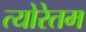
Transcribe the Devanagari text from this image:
त्योरेतम